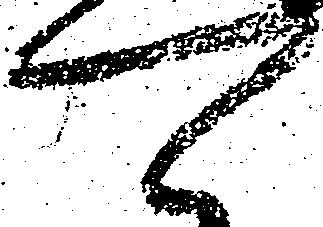
可